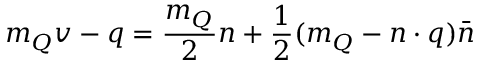
m _ { Q } v - q = \frac { m _ { Q } } { 2 } n + \frac { 1 } { 2 } ( m _ { Q } - n \cdot q ) \bar { n }